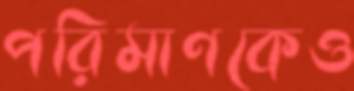
পরিমাণকেও